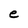
Character: e